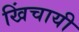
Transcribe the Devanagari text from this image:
खिंचायी